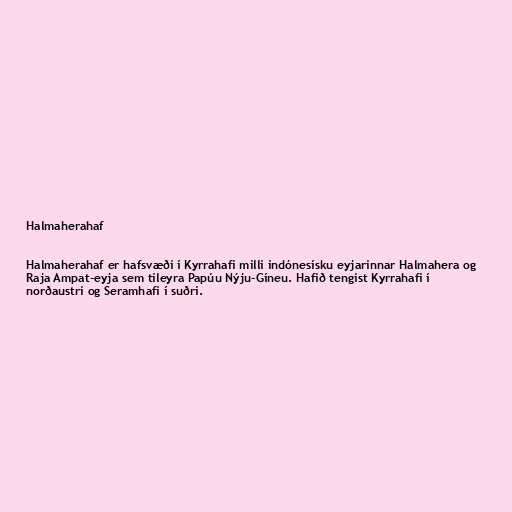
Halmaherahaf

Halmaherahaf er hafsvæði í Kyrrahafi milli indónesísku eyjarinnar Halmahera og
Raja Ampat-eyja sem tileyra Papúu Nýju-Gíneu. Hafið tengist Kyrrahafi í
norðaustri og Seramhafi í suðri.